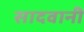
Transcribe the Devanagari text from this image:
सादवानी